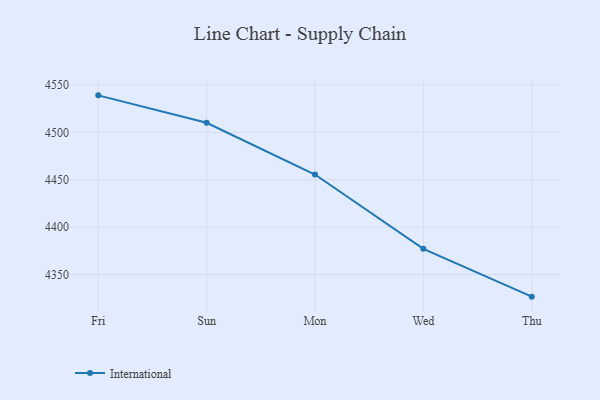
{"axis": {"x": "Day", "y": "Customer Acquisition Cost (USD)"}, "legend": ["International"], "data": [{"x": "Fri", "y": 4539.0, "type": "International"}, {"x": "Sun", "y": 4510.1, "type": "International"}, {"x": "Mon", "y": 4455.5, "type": "International"}, {"x": "Wed", "y": 4377.1, "type": "International"}, {"x": "Thu", "y": 4326.7, "type": "International"}]}